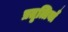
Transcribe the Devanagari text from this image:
प्रतृत्तियाँ